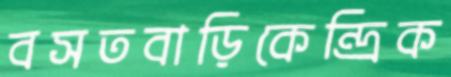
বসতবাড়িকেন্দ্রিক